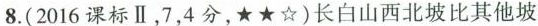
8.(2016课标Ⅱ，7，4分，★★☆)长白山西北坡比其他坡